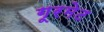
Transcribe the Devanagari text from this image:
गूरमेट